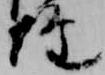
経